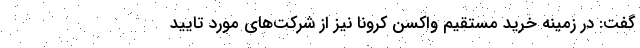
گفت: در زمینه خرید مستقیم واکسن کرونا نیز از شرکت‌های مورد تایید